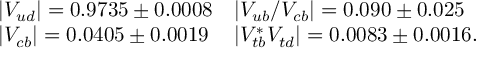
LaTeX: \begin{array} { l l } { { | V _ { u d } | = 0 . 9 7 3 5 \pm 0 . 0 0 0 8 } } & { { | V _ { u b } / V _ { c b } | = 0 . 0 9 0 \pm 0 . 0 2 5 } } \\ { { | V _ { c b } | = 0 . 0 4 0 5 \pm 0 . 0 0 1 9 } } & { { | V _ { t b } ^ { * } V _ { t d } | = 0 . 0 0 8 3 \pm 0 . 0 0 1 6 . } } \end{array}